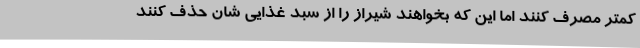
کمتر مصرف کنند اما این که بخواهند شیراز را از سبد غذایی شان حذف کنند